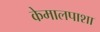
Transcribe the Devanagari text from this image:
केमालपाशा